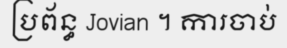
ប្រព័ន្ធ Jovian ។ ការចាប់